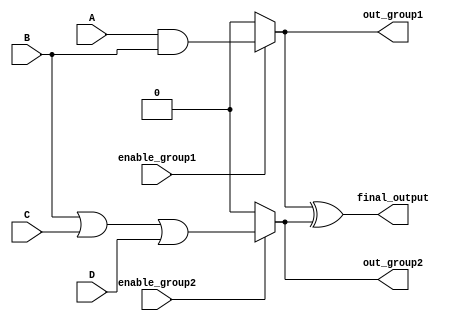
module comb_logic_blocks (
    input wire A,
    input wire B,
    input wire C,
    input wire D,
    input wire enable_group1,
    input wire enable_group2,
    output wire out_group1,
    output wire out_group2,
    output wire final_output
);

// Define the logic for Group 1 (A and B)
wire group1_out;
assign group1_out = (enable_group1) ? (A & B) : 1'b0; // AND operation when enabled

// Define the logic for Group 2 (B, C, and D)
wire group2_out;
assign group2_out = (enable_group2) ? (B | C | D) : 1'b0; // OR operation when enabled

// Final output combining both groups
assign final_output = group1_out ^ group2_out; // XOR between the outputs of the groups

// Assign outputs for external observation
assign out_group1 = group1_out;
assign out_group2 = group2_out;

endmodule